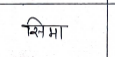
मजकूर: सिमा